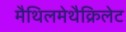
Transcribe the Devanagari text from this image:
मैथिलमेथैक्रिलेट